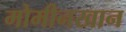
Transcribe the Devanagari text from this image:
मोमीनखान